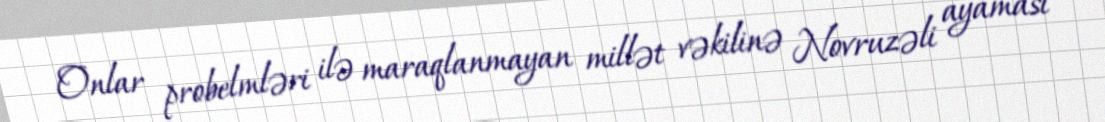
Onlar probelmləri ilə maraqlanmayan millət vəkilinə Novruzəli ayaması